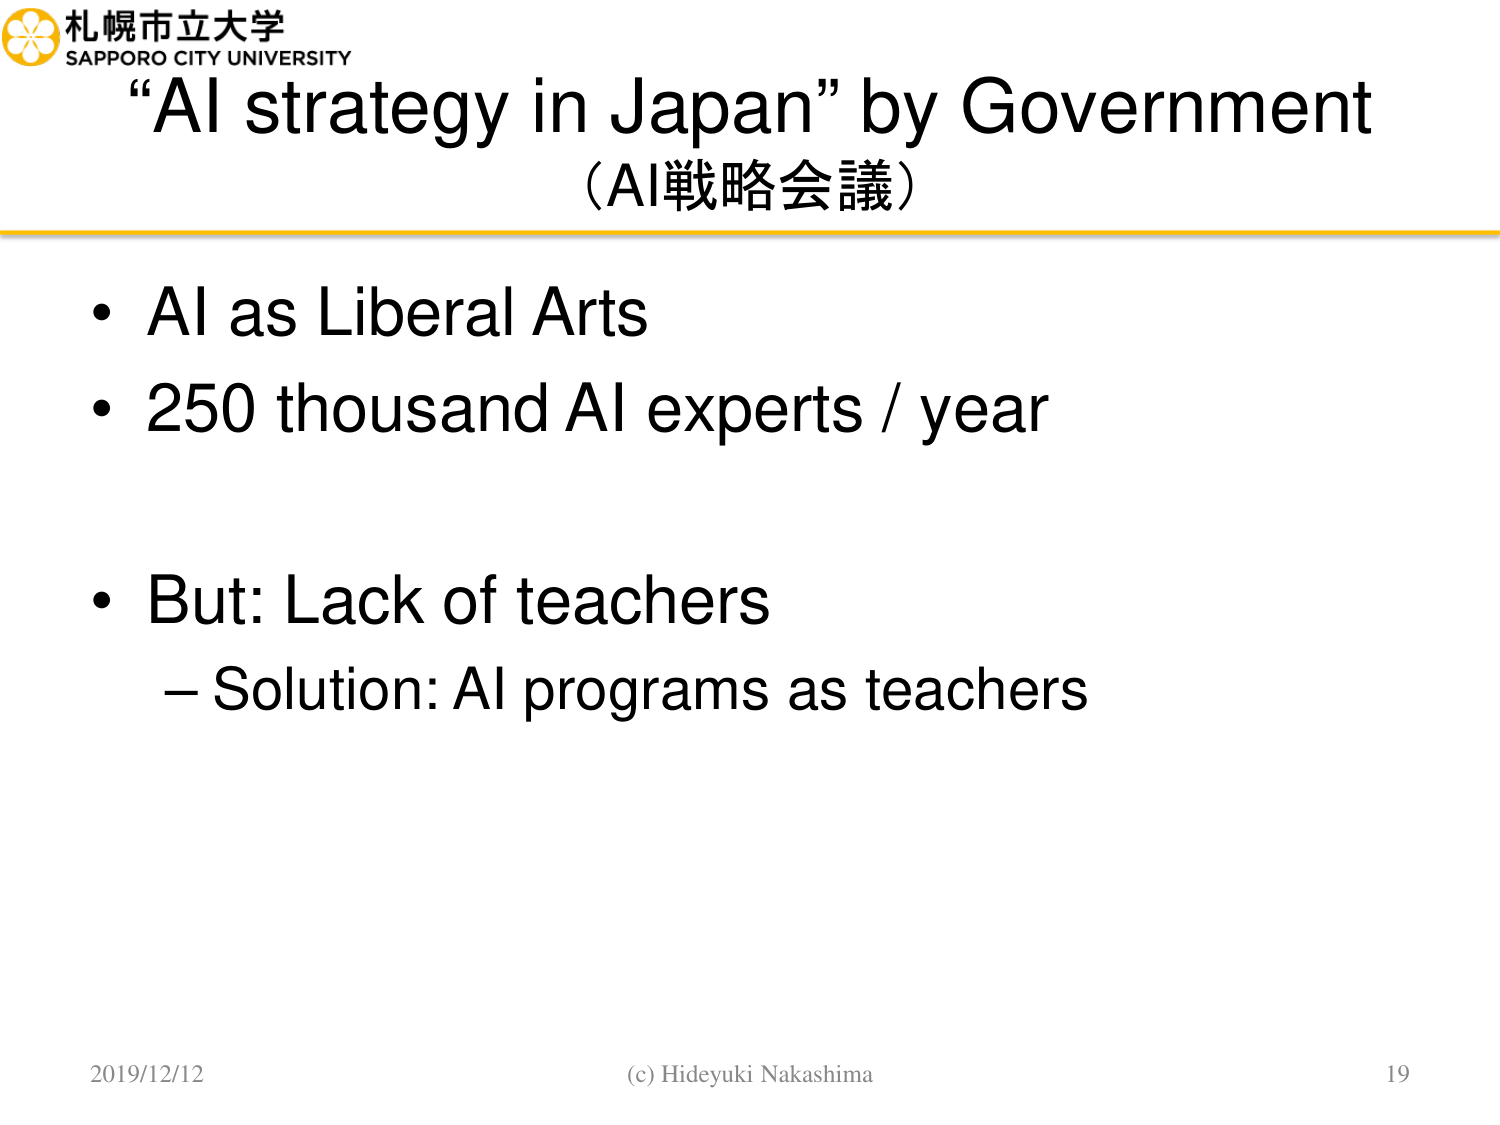
札幌市立大学
SAPPORO CITY UNIVERSITY
“AI strategy in Japan” by Government
（AI戦略会議）
• AI as Liberal Arts
• 250 thousand AI experts / year
• But: Lack of teachers
– Solution: AI programs as teachers
2019/12/12
(c) Hideyuki Nakashima
19